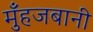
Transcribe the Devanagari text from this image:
मुँहजबानी